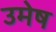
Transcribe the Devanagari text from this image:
उमेष